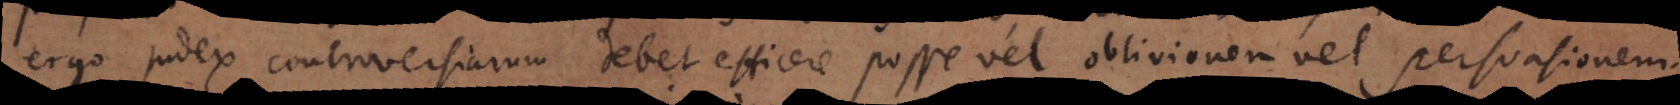
ergo judex controversiarum debet efficere posse vel oblivionem vel persuasionem.